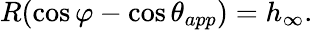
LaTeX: R(\cos\varphi-\cos\theta_{app})=h_{\infty}.